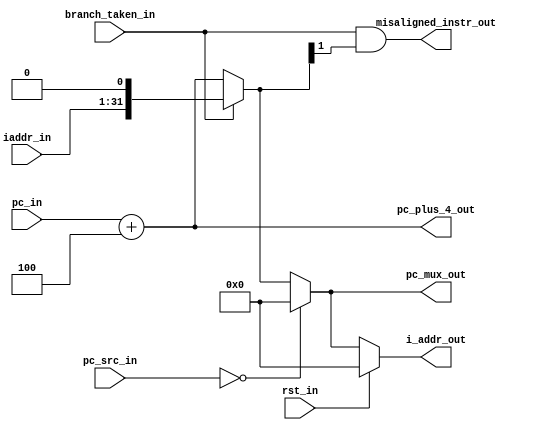
module PC (
    input           rst_in,
    input [1:0]     pc_src_in,
    input [31:0]    pc_in,
    // input [31:0]    epc_in,
    // input [31:0]    trap_address_in,
    input           branch_taken_in,
    input [30:0]    iaddr_in,
    
    output          misaligned_instr_out,
    output [31:0]   pc_mux_out,
    output [31:0]   pc_plus_4_out,
    output [31:0]   i_addr_out
    );
    
    
    // Nets
    wire [31:0] PC_plus_4_net   = pc_in + 32'h00000004;
    wire [31:0] imm_addr_net    = {iaddr_in, 1'b0}; 
    
    // Used procedural assignments for assigning nets
    reg [31:0] next_pc;
    reg [31:0] pc_mux_out_net;
    
    // PC Mux operates in different states
    // Just declaring them for better readability
    parameter RESET_STATE       = 2'b00;
    // parameter TRAP_RETURN       = 2'b01;
    // parameter TRAP_TAKEN        = 2'b10;
    parameter OPERATING_STATE   = 2'b11;

    // MUX Branch Taken
    always @ (*)
    begin
        if (branch_taken_in)
            next_pc = imm_addr_net;
        else
            next_pc = PC_plus_4_net;
    end
    
    // MUX PC Mux Out
    always @ (*)
    begin
        case (pc_src_in)
            RESET_STATE     : pc_mux_out_net = 32'h00000000;
        //  TRAP_RETURN     : pc_mux_out_net = epc_in;
        //  TRAP_TAKEN      : pc_mux_out_net = trap_address_in;
            OPERATING_STATE : pc_mux_out_net = next_pc;
            default           pc_mux_out_net = next_pc;
        endcase
    end
    
    
    // Assignments
    assign pc_plus_4_out        = PC_plus_4_net;
    assign pc_mux_out           = pc_mux_out_net;
    
    assign i_addr_out           = (!rst_in) ? pc_mux_out_net : 32'h00000000;
    assign misaligned_instr_out = branch_taken_in & next_pc[1];

endmodule